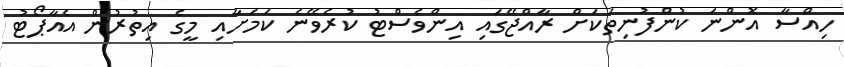
ހިއްސާ އޮންނަ ކުންފުނިތަކަށް ރާއްޖޭގައި އިންވެސްޓު ކުރެވޭނެ ކަމަށާއި މީގެ އިތުރުން އެއާޕޯޓު